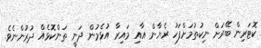
ކޮޓަރިން ބޭރަށް ނިކުތުމަށްފަހު ރެޔާން އާއި މައިރާ އުޅެމުން ދަނީ ތަންކޮޅެއް ދުރުންނެވެ.